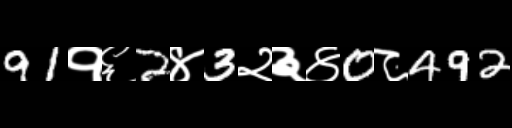
Text: 91१६2४3२३४0८492